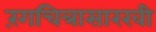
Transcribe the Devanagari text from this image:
रंगचित्रासारखी